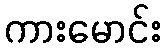
ကားမောင်း